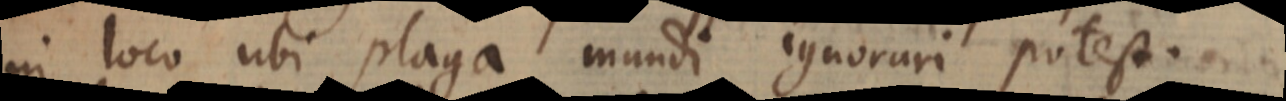
in loco ubi plaga mundi ignorari potest.